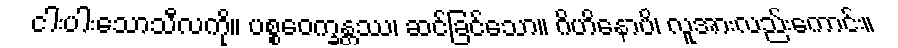
ငါးပါးသောသီလကို။ ပစ္စဝေက္ခန္တဿ၊ ဆင်ခြင်သော။ ဂိဟိနောပိ၊ လူအားလည်းကောင်း။